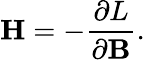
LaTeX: \mathbf{H}=-\frac{\partial L}{\partial\mathbf{B}}.